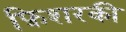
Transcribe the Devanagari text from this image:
फ़िशरकी